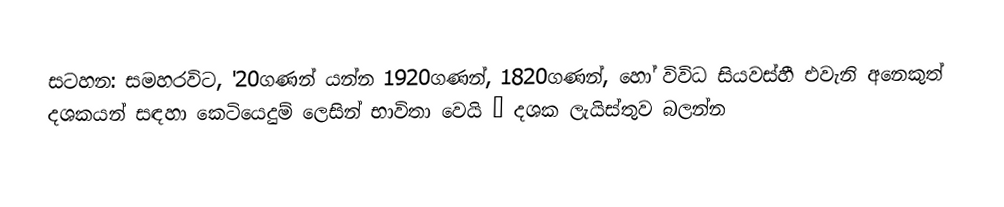
සටහන: සමහරවිට,  '20ගණන් යන්න 1920ගණන්, 1820ගණන්, හෝ විවිධ සියවස්හී එවැනි අනෙකුත් දශකයන් සඳහා කෙටියෙදුම් ලෙසින් භාවිතා වෙයි – දශක ලැයිස්තුව බලන්න